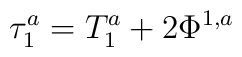
\tau_1^a = T_1^a + 2 \Phi^{1,a}